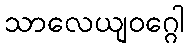
သာလေယျဝဂ္ဂေါ